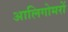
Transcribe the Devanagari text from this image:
आलिगोमरों